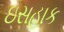
ઇસહાક